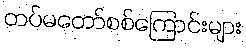
တပ်မတော်စစ်ကြောင်းများ